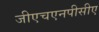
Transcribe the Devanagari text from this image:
जीएचएनपीसीए